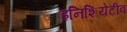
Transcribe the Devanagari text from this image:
इनिशियेटीव